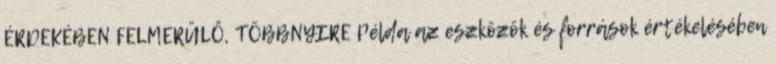
ÉRDEKÉBEN FELMERÜLŐ, TÖBBNYIRE Példa az eszközök és források értékelésében